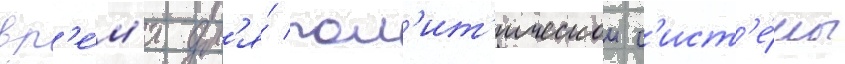
вр'е́м'я дл'я́ пол'ит'ическои с'ист'е́мы